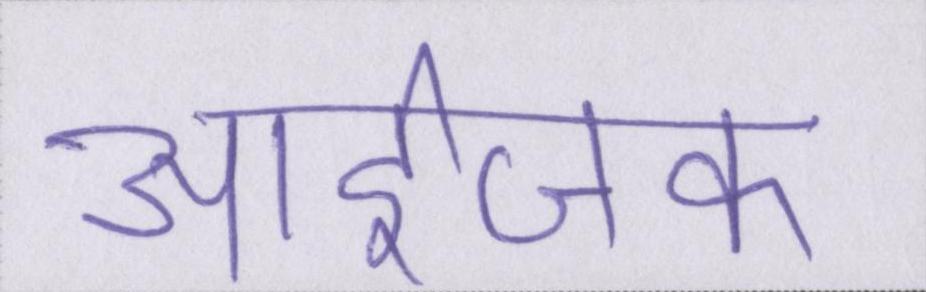
आईजक